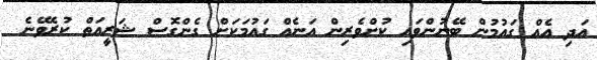
އަދި އެއް ގައުމުން ބޭނުންވައި ކުށްވެރިން އަނެއް ގައުމަކަށް ގެންގޮސް ޝަރީއަތް ކުރެވޭނެ